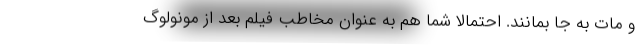
و مات به جا بمانند. احتمالا شما هم به عنوان مخاطب فیلم بعد از مونولوگ